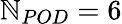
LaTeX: \mathbb{N}_{POD}=6